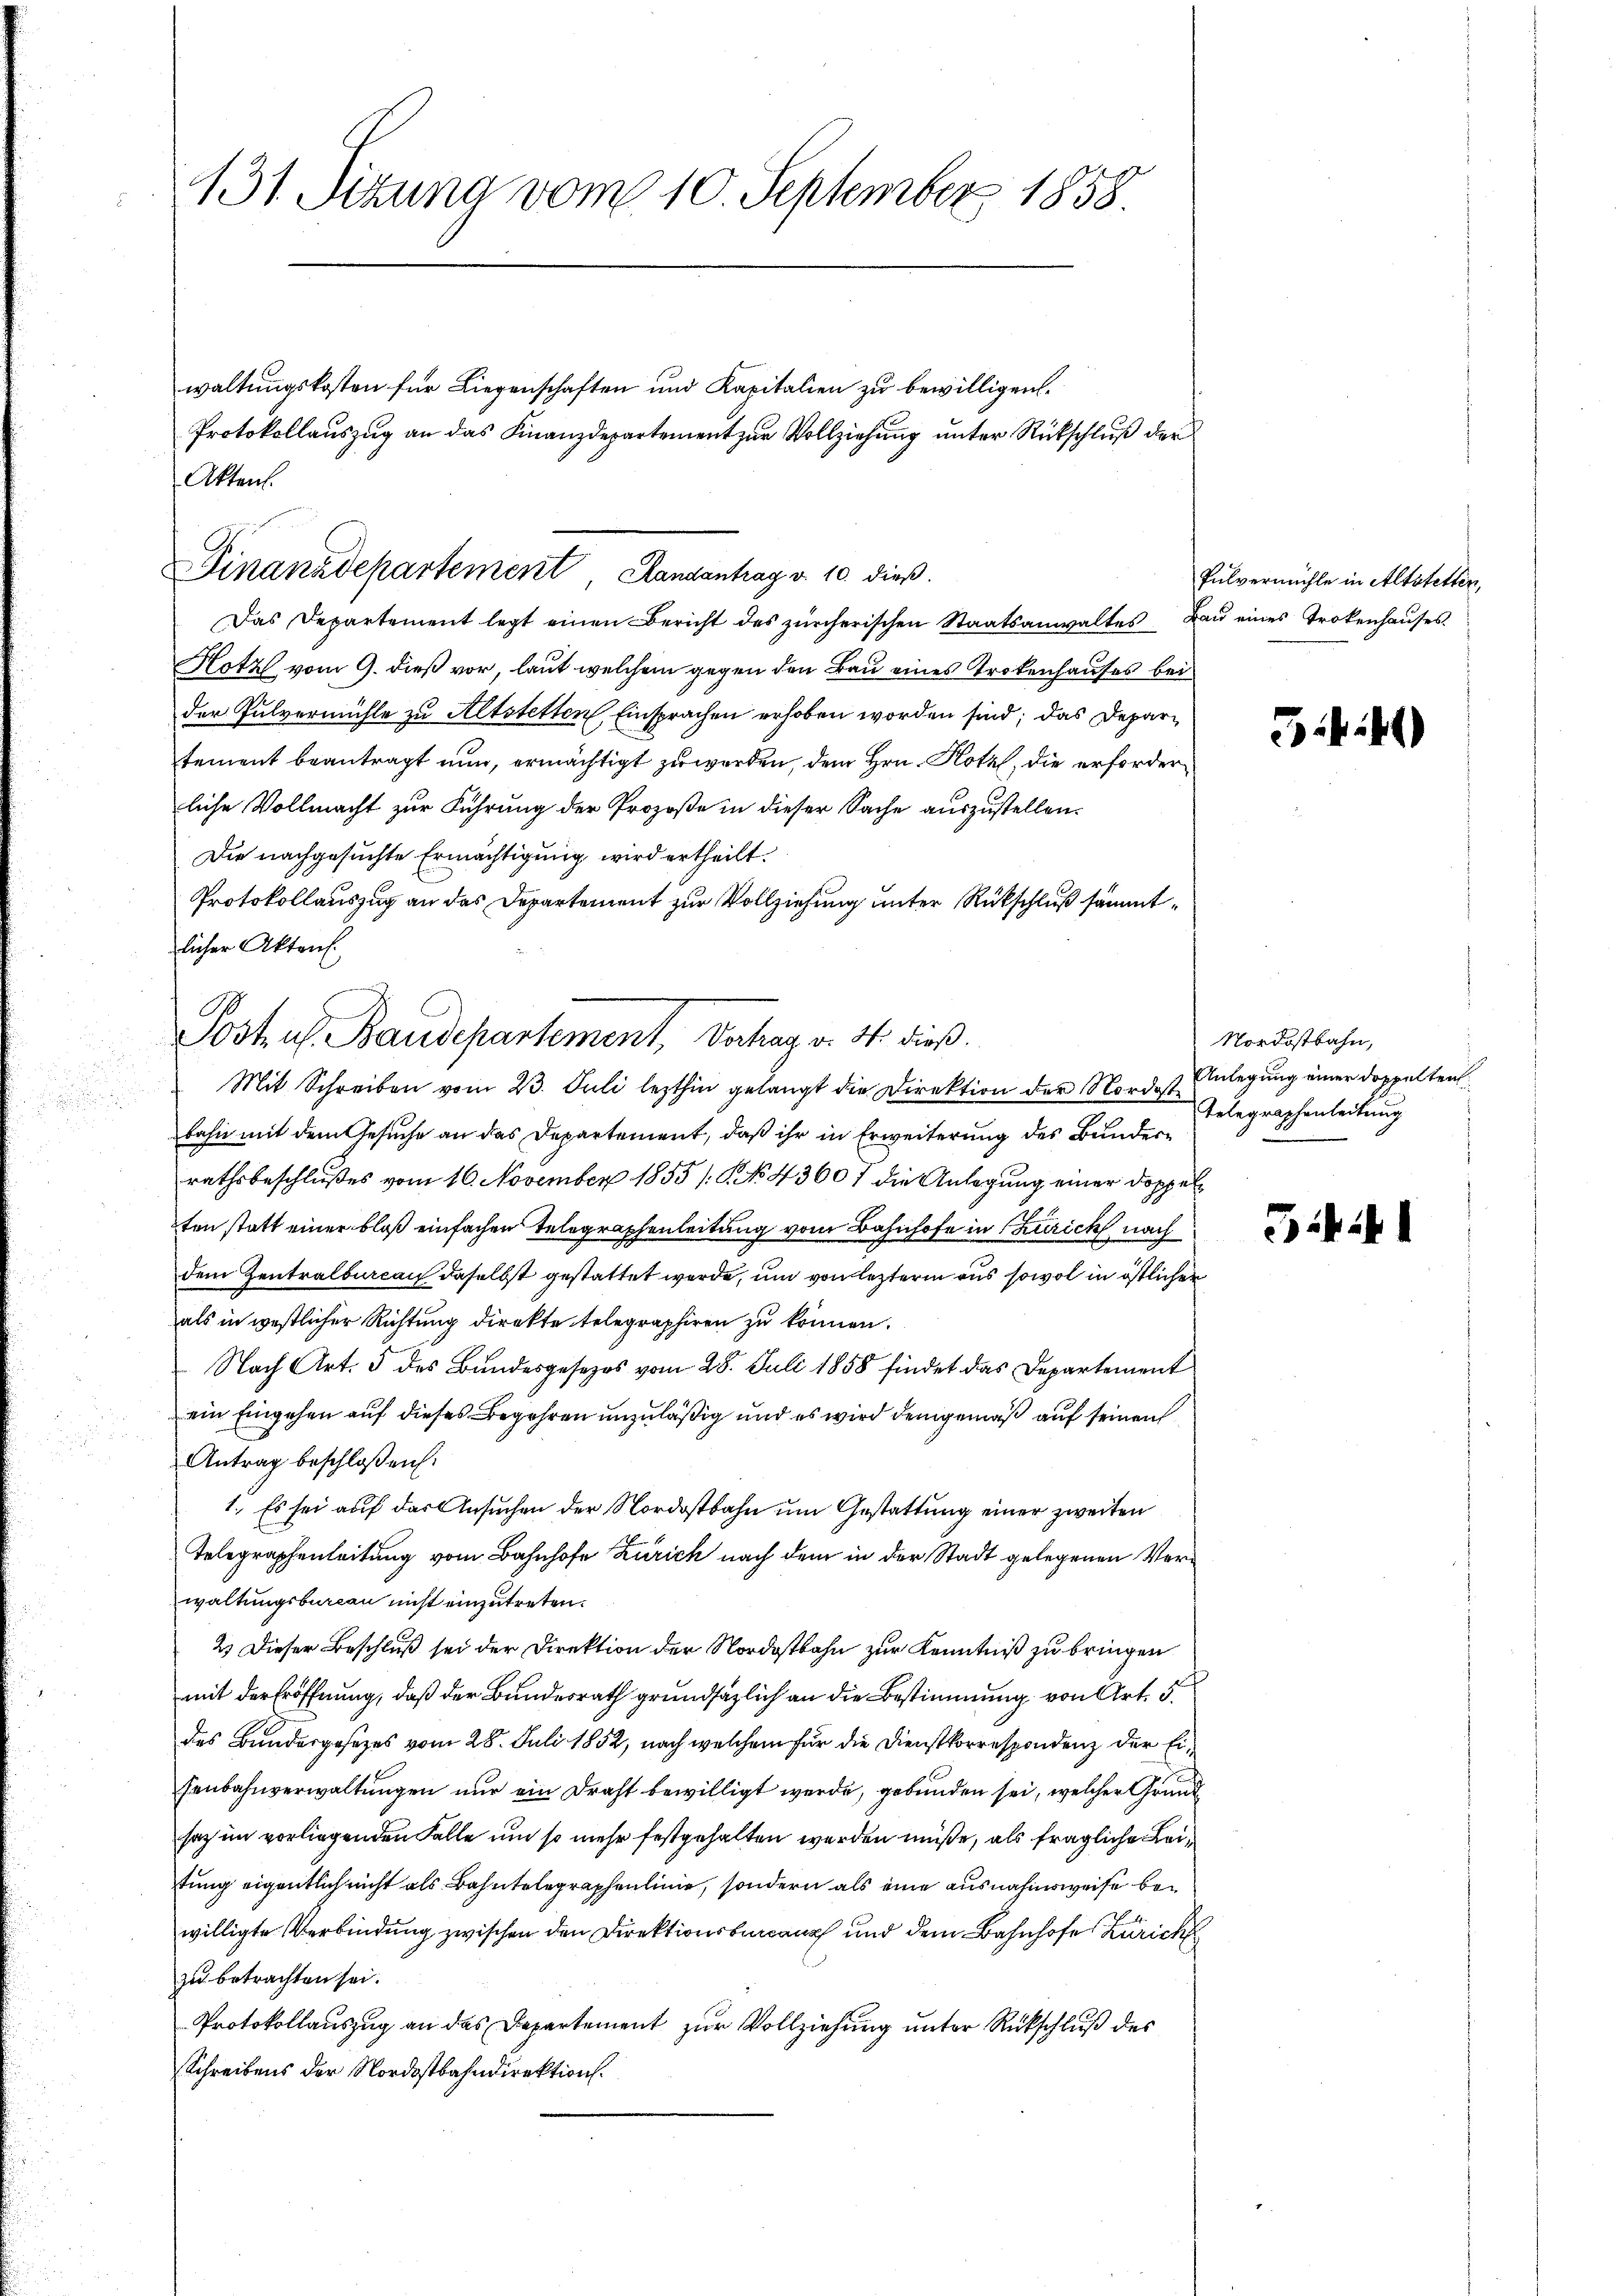
waltungskosten für Liegenschaften und Kapitalien zu bewilligen.
Das Departement legt einen Bericht des zürcherischen Staatsanwaltes Bau eines Trokenhauses.
Hotz vom 9. dieß vor, laut welchem gegen den Bau eines Trokenhauses bei
der Pulvermühle zu Altstetten Einsprachen erhoben worden sind; das Departement beantragt nun, ermächtigt zu werden, dem Hrn. Hotz, die erforderliche Vollmacht zur Führung der Prozeße in dieser Sache auszustellen.
Die nachgesuchte Ermächtigung, wird ertheilt.
Protokollauszug an das Departement zur Vollziehung unter Rückschluß sämmtlicher Akten.
bahn mit dem Gesuche an das Departement, daß ihr in Erweiterung des Bunderrathsbeschlußes vom 10. November 1855 /: No 4360 7 die Anlegung einer Doppelten statt einer bloß einfachen Telegraphenleitung vom Bahnhofe in Zürich, nach
dem Zentralbureau daselbst gestattet werde, um von lezterm aus sowol in östlicher
als in westlicher Richtung direkte telegraphiren zu können.
Nach Art. 5 des Bundesgesezes vom 28. Juli 1858 findet das Departement
ein Eingehen auf dieses Begehren unzuläßig und es wird demgemäß auf seinen
Antrag beschloßen:
1. Es sei auf das Ansuchen der Nordostbahn um Gestattung einer zweiten
Telegraphenleitung vom Bahnhofe Zürich nach dem in der Stadt gelegenen Verwaltungsbureau nicht einzutreten.
2.) Dieser Beschluß sei der Direktion der Nordostbahn zur Kenntniß zu bringen
mit der Eröffnung, daß der Bundesrath grundsätzlich an die Bestimmung von Art. 5.
des Bundesgesezes vom 28. Juli 1852, nach welchem für die Dienstkorrespondenz der Eisenbahnverwaltungen nur ein Draht bewilligt werde, gebunden sei, welcher Grund
saz im vorliegenden Falle um so mehr festgehalten werden müße, als fragliche Leitung eigentlich nicht als Bahntelegraphenlinie, sondern als eine ausnahmsweise bewilligte Verbindung zwischen den Direktionsbarcanf und dem Bahnhofe Zürich
zu betrachten sei.
Protokollauszug an das Departement zur Vollziehung unter Rückschluß des
Schreibens der Nordostbahndirektion.

131. Sitzuna vom 10. September 1858.

Protokollauszug an das Finanzdepartement zur Vollziehung unter Rückschluß der

Akten.
Finanzdepartement Randantrag v. 10. dieß.

Postul Baudepartement, Verhag v. M. dieß.
Mit Schreiben vom 23. Juli lezthin gelangt die Direktion der Nordost¬

Pulvermühle in Altstetten,

4i)

Nordostbahn,
Anlegung einer Doppelten
Telegraphenleitung

S.441